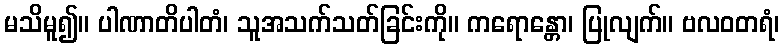
မသိမူ၍။ ပါဏာတိပါတံ၊ သူအသက်သတ်ခြင်းကို။ ကရောန္တော၊ ပြုလျက်။ ဗလဝတရံ၊